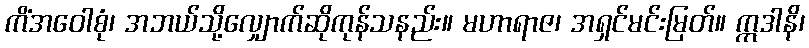
ကိံအဝေါစုံ၊ အဘယ်သို့လျှောက်ဆိုကုန်သနည်း။ မဟာရာဇ၊ အရှင်မင်းမြတ်။ ဣဒါနိ၊